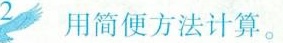
2 用简便方法计算。